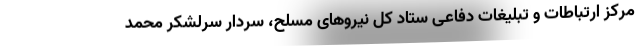
مرکز ارتباطات و تبلیغات دفاعی ستاد کل نیروهای مسلح، سردار سرلشکر محمد